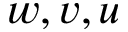
w , v , u